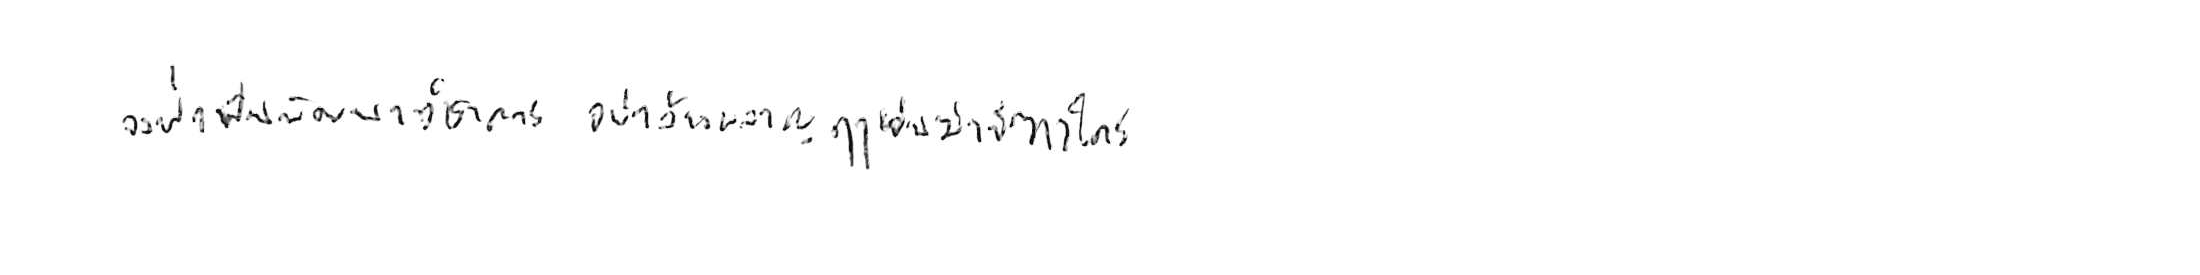
จงฝ่าฟันพัฒนาวิชาการ อย่าล้างผลาญฤๅเข่นฆ่าบีฑาใคร